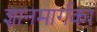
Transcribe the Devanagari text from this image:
ज्ञानमार्गका